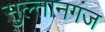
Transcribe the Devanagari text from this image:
सुल्‍तानगंज